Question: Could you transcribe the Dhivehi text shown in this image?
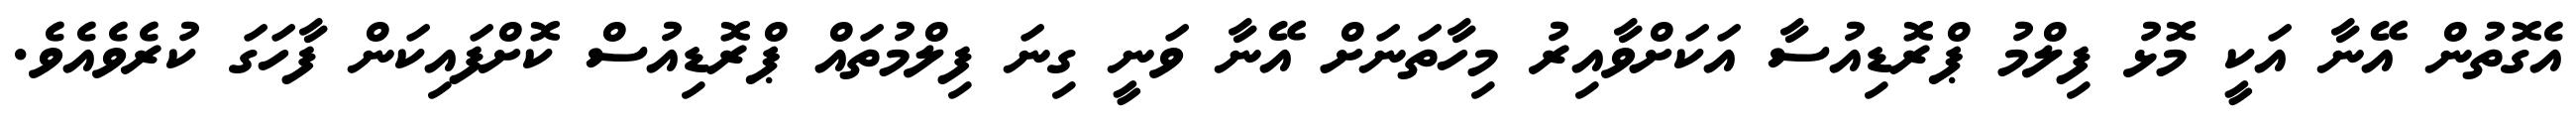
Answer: އެގޮތުން އޭނާ އަކީ މޮޅު ފިލްމު ޕްރޮޑިއުސާ އަކަށްވާއިރު މިހާތަނަށް އޭނާ ވަނީ ގިނަ ފިލްމުތައް ޕްރޮޑިއުސް ކޮށްފައިކަން ފާހަގަ ކުރެވެއެވެ.